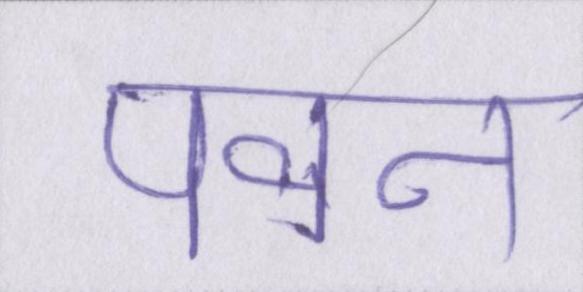
पवन